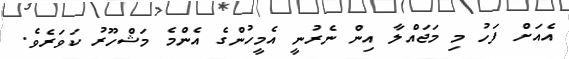
އެއަށް ފަހު މި މަޖައްލާ އިން ނެރުނީ އެމީހުންގެ އެންމެ މަޝްހޫރު ކަވަރެވެ.